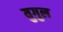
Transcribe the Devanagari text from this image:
युगुल